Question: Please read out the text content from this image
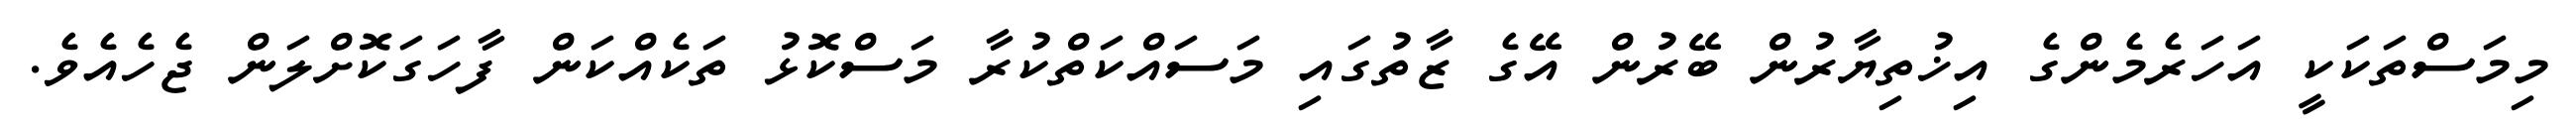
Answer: މިމަސްތަކަކީ އަހަރެމެންގެ އިޚުތިޔާރުން ބޭރުން އޭގެ ޒާތުގައި މަސައްކަތްކުރާ މަސްކޮޅު ތަކެއްކަން ފާހަގަކޮށްލަން ޖެހެއެވެ.